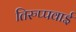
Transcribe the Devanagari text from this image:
तिरुप्पवाई